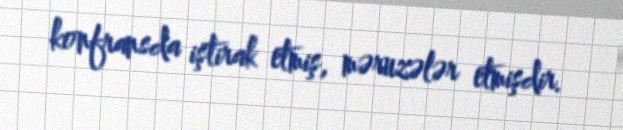
konfransda iştirak etmiş, məruzələr etmişdir.